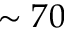
\sim 7 0